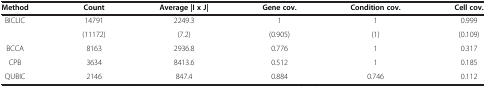
| Method | Count | Average |I x J| | Gene cov. | Condition cov. | Cell cov. |
 | --- | --- | --- | --- | --- | --- |
 | <ROWSPAN=2> BICLIC | 14791 | 2249.3 | 1 | 1 | 0.999 |
 | (11172) | (7.2) | (0.905) | (1) | (0.109) |
 | BCCA | 8163 | 2936.8 | 0.776 | 1 | 0.317 |
 | CPB | 3634 | 8413.6 | 0.512 | 1 | 0.185 |
 | QUBIC | 2146 | 847.4 | 0.884 | 0.746 | 0.112 |